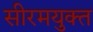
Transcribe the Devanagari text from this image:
सीरमयुक्त